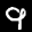
Label: 9